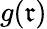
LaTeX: g(\mathfrak{r})